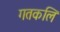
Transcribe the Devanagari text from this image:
गतकलि